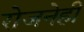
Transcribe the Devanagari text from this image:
रोजनेही